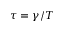
\tau = \gamma / T